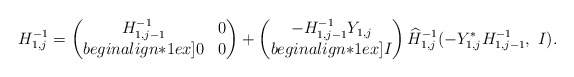
\begin{align*} H_{1,j}^{-1}= \begin{pmatrix} H_{1,j-1}^{-1} & 0 \\begin{align*}1ex] 0 & 0 \end{pmatrix}+ \begin{pmatrix} -H_{1,j-1}^{-1}Y_{1,j} \\begin{align*}1ex] I \end{pmatrix}\widehat H_{1,j}^{-1}(-Y_{1,j}^*H_{1,j-1}^{-1},\ I). \end{align*}